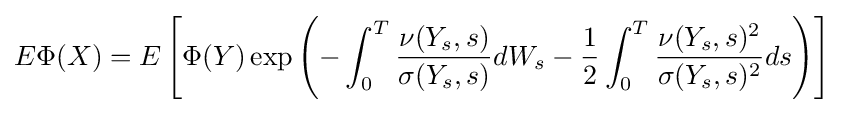
E\Phi (X)=E\left[\Phi (Y)\exp \left(-\int _{0}^{T}{\frac {\nu (Y_{s},s)}{\sigma (Y_{s},s)}}dW_{s}-{\frac {1}{2}}\int _{0}^{T}{\frac {\nu (Y_{s},s)^{2}}{\sigma (Y_{s},s)^{2}}}ds\right)\right]